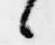
候